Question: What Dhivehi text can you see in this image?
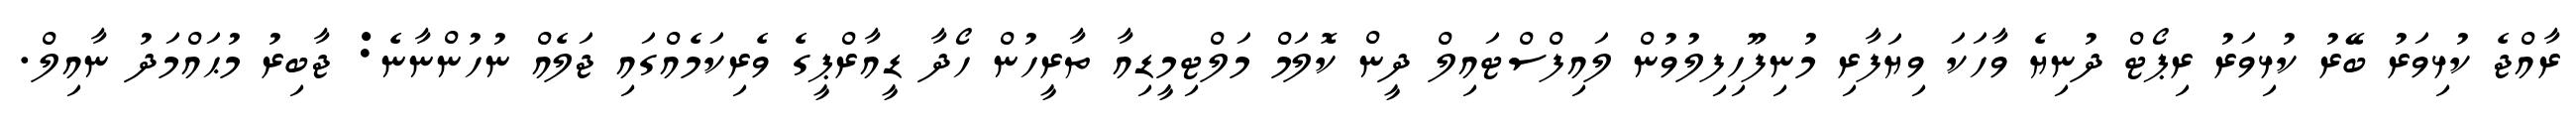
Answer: ރާއްޖެ ކުޅިވަރު ބޭރު ކުޅިވަރު ރިޕޯޓް ދުނިޔެ ވާހަކަ ވިޔަފާރި މުނިފޫހިފިލުވުން ލައިފްސްޓައިލް ދީން ކޮލަމް މަލްޓިމީޑިއާ ތާރީހުން ހޯދާ ޑީއާރްޕީގެ ވެރިކަމެއްގައި ޖަލެއް ނުހުންނާނެ: ޖާބިރު މުޙައްމަދު ނާއިލް.